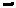
Text: -